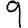
Digit: 9